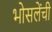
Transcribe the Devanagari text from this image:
भोसलेंची